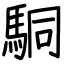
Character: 駧